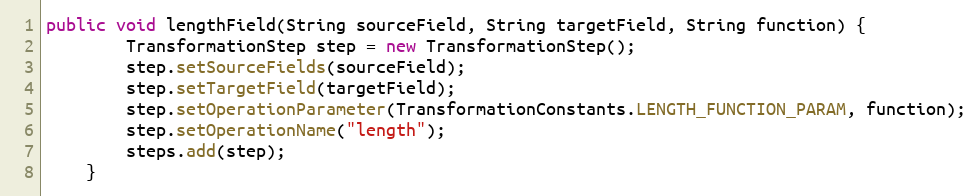
Language: Java
public void lengthField(String sourceField, String targetField, String function) {
        TransformationStep step = new TransformationStep();
        step.setSourceFields(sourceField);
        step.setTargetField(targetField);
        step.setOperationParameter(TransformationConstants.LENGTH_FUNCTION_PARAM, function);
        step.setOperationName("length");
        steps.add(step);
    }